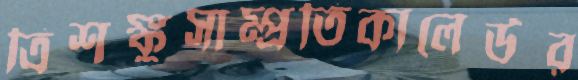
ত্রিশঙ্কুসাম্প্রতিকালেউর